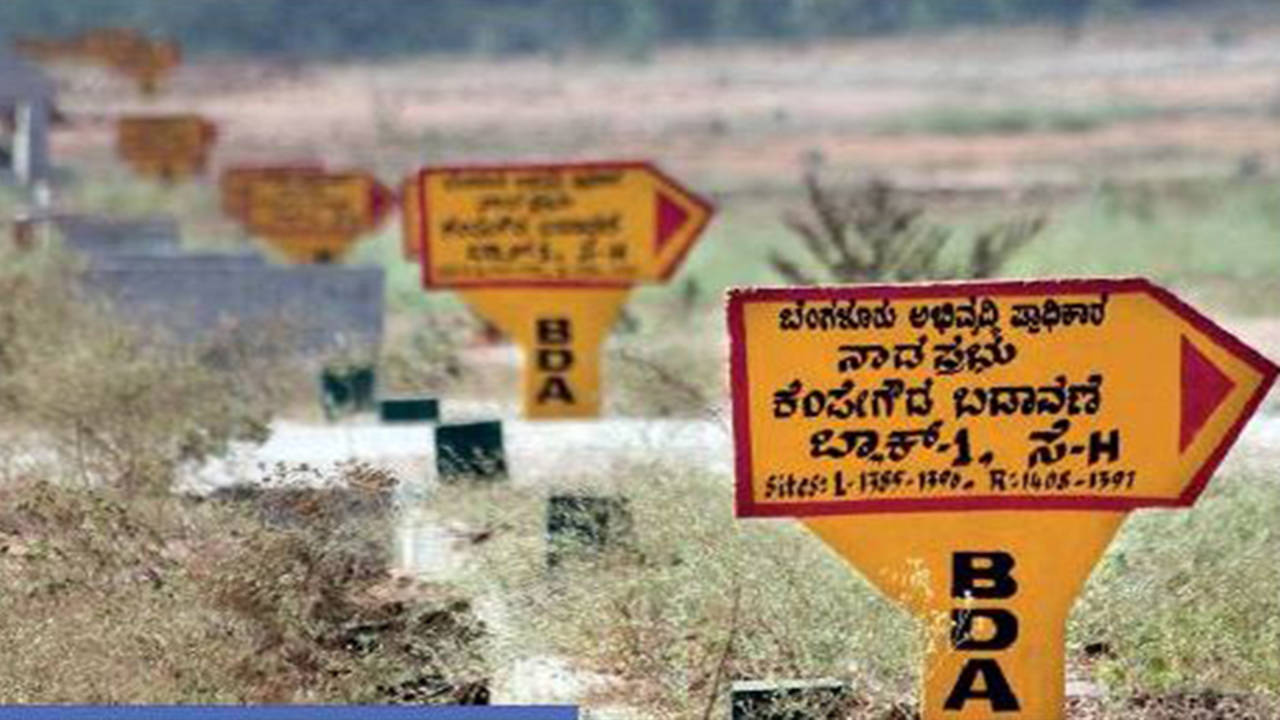
Language: kannada
Transcription: ನಾಡ ಬಡಾವಣೆ ಸೆ- ಪ್ರಾಧಿಕಾರ ಪ್ರಭು ಕೆಂಪೇಗೌಡ ಬ್ಲಾಕ್ ಬೆಂಗಳೂರು ಅಭಿವೃದ್ಧಿ